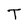
Character: T